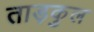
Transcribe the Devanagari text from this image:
ताड़कुल